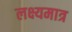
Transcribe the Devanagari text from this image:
लक्ष्यमात्र